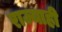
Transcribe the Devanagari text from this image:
राज्याही